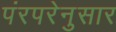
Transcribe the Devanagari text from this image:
पंरपरेनुसार